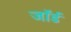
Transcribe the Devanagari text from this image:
जॉर्ड